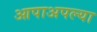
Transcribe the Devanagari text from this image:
आपाअपल्या